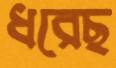
ধরেছ